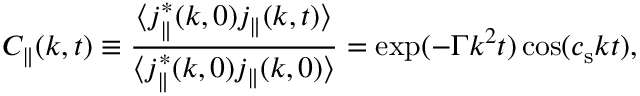
C _ { \parallel } ( k , t ) \equiv \frac { \langle j _ { \parallel } ^ { \ast } ( k , 0 ) j _ { \parallel } ( k , t ) \rangle } { \langle j _ { \parallel } ^ { \ast } ( k , 0 ) j _ { \parallel } ( k , 0 ) \rangle } = \exp ( - \Gamma k ^ { 2 } t ) \cos ( c _ { \mathrm { s } } k t ) ,